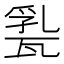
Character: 𤭤